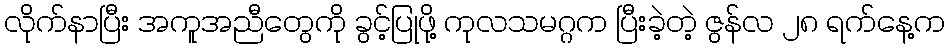
လိုက်နာပြီး အကူအညီတွေကို ခွင့်ပြုဖို့ ကုလသမဂ္ဂက ပြီးခဲ့တဲ့ ဇွန်လ ၂၈ ရက်နေ့က